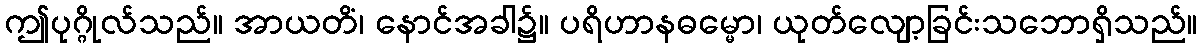
ဤပုဂ္ဂိုလ်သည်။ အာယတိံ၊ နောင်အခါ၌။ ပရိဟာနဓမ္မော၊ ယုတ်လျော့ခြင်းသဘောရှိသည်။